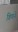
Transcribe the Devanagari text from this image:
विणने